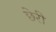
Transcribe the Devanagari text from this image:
छेरी